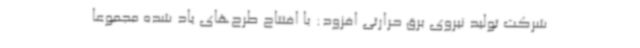
شرکت تولید نیروی برق حرارتی افزود:‌ با افتتاح طرح‌های یاد شده مجموعا